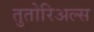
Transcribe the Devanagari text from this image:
तुतोरिअल्स